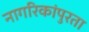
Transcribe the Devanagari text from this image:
नागरिकांपुरता